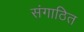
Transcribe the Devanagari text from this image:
संगाठित